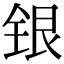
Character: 银